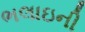
ભલાઇની